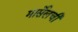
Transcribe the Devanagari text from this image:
मार्सेलची